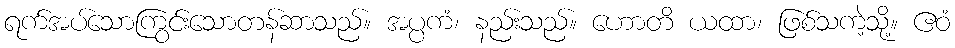
ရက်အပ်သောကြွင်းသောတန်ဆာသည်။ အပ္ပကံ၊ နည်းသည်။ ဟောတိ ယထာ၊ ဖြစ်သကဲ့သို့။ ဧဝံ